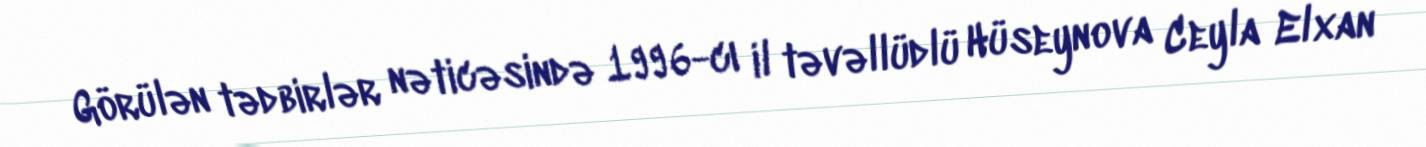
Görülən tədbirlər nəticəsində 1996-cı il təvəllüdlü Hüseynova Ceyla Elxan